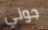
جوني